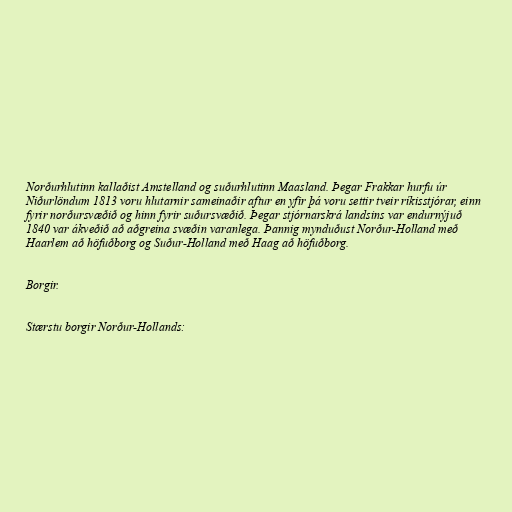
Norðurhlutinn kallaðist Amstelland og suðurhlutinn Maasland. Þegar Frakkar hurfu úr
Niðurlöndum 1813 voru hlutarnir sameinaðir aftur en yfir þá voru settir tveir ríkisstjórar, einn
fyrir norðursvæðið og hinn fyrir suðursvæðið. Þegar stjórnarskrá landsins var endurnýjuð
1840 var ákveðið að aðgreina svæðin varanlega. Þannig mynduðust Norður-Holland með
Haarlem að höfuðborg og Suður-Holland með Haag að höfuðborg.

Borgir.

Stærstu borgir Norður-Hollands: